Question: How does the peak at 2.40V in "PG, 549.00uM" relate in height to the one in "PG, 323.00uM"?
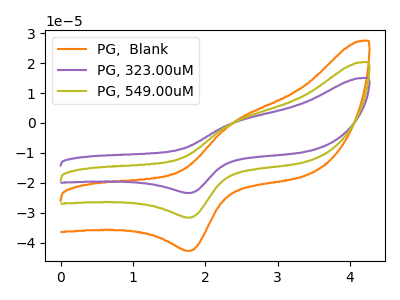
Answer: <think>The orange curve "PG,  Blank" has an anodic peak at (2.40V, 0.40uA) and a cathodic peak at (1.80V, -63.15uA). The purple curve "PG, 323.00uM" has an anodic peak at (2.40V, 0.15uA) and a cathodic peak at (1.80V, -23.35uA). The olive curve "PG, 549.00uM" has an anodic peak at (2.40V, 0.20uA) and a cathodic peak at (1.80V, -31.55uA).</think>
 <answer>The peak at 2.40V is higher in "PG, 549.00uM" than in "PG, 323.00uM".</answer>
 <eval>higher</eval>